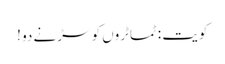
کویت : ٹماٹروں کو سڑنے دو !